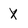
Character: X